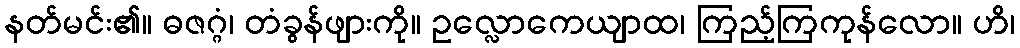
နတ်မင်း၏။ ဓဇဂ္ဂံ၊ တံခွန်ဖျားကို။ ဥလ္လောကေယျာထ၊ ကြည့်ကြကုန်လော။ ဟိ၊